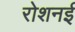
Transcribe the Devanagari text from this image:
रोशनई